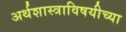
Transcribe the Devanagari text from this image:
अर्थशास्त्राविषयीच्या